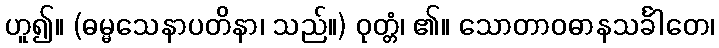
ဟူ၍။ (ဓမ္မသေနာပတိနာ၊ သည်။) ဝုတ္တံ၊ ၏။ သောတာဝဓာနသင်္ခါတေ၊